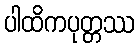
ပါထိကပုတ္တဿ